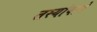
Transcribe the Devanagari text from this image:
तस्यांवाये